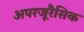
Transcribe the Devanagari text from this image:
अपरजूरैसिक